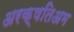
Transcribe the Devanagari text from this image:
अरक्षतिअम